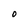
Character: O